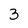
Character: 3